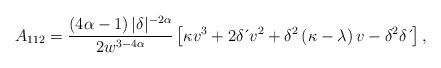
LaTeX: \begin{align*}A_{112}=\frac{\left( 4\alpha-1\right) |\delta|^{-2\alpha}}{2w^{3-4\alpha}}\left[ \kappa v^{3}+2\delta \,\acute{}\,v^{2}+\delta^{2}\left( \kappa-\lambda \right) v-\delta^{2}\delta \,\acute{}\, \right] , \end{align*}